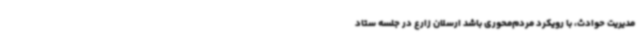
مدیریت حوادث، با رویکرد مردم‌محوری باشد ارسلان زارع در جلسه ستاد